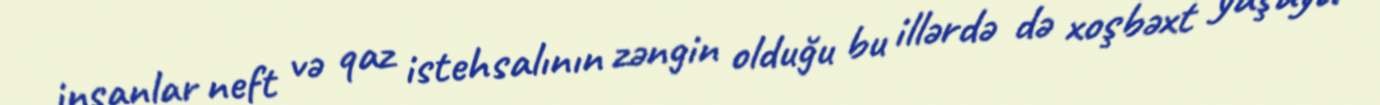
insanlar neft və qaz istehsalının zəngin olduğu bu illərdə də xoşbəxt yaşaya